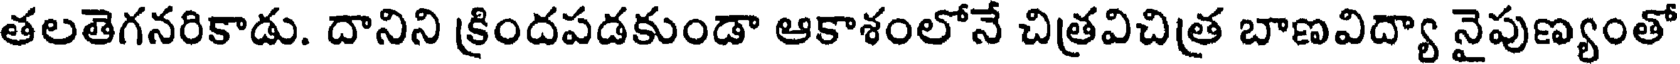
తలతెగనరికాడు. దానిని క్రిందపడకుండా ఆకాశంలోనే చిత్రవిచిత్ర బాణవిద్యా నైపుణ్యంతో